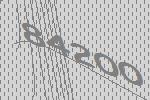
84200